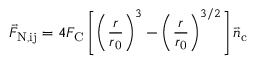
\vec { F } _ { \mathrm { N , i j } } = 4 F _ { \mathrm { C } } \left[ \left( \frac { r } { r _ { \mathrm { 0 } } } \right) ^ { 3 } - \left( \frac { r } { r _ { \mathrm { 0 } } } \right) ^ { 3 / 2 } \right] \vec { n } _ { \mathrm { c } }